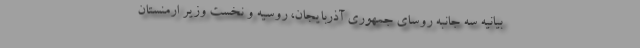
بیانیه سه جانبه روسای جمهوری آذربایجان، روسیه و نخست وزیر ارمنستان